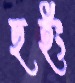
ছইং